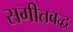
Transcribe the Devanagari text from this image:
सगीतबद्ध